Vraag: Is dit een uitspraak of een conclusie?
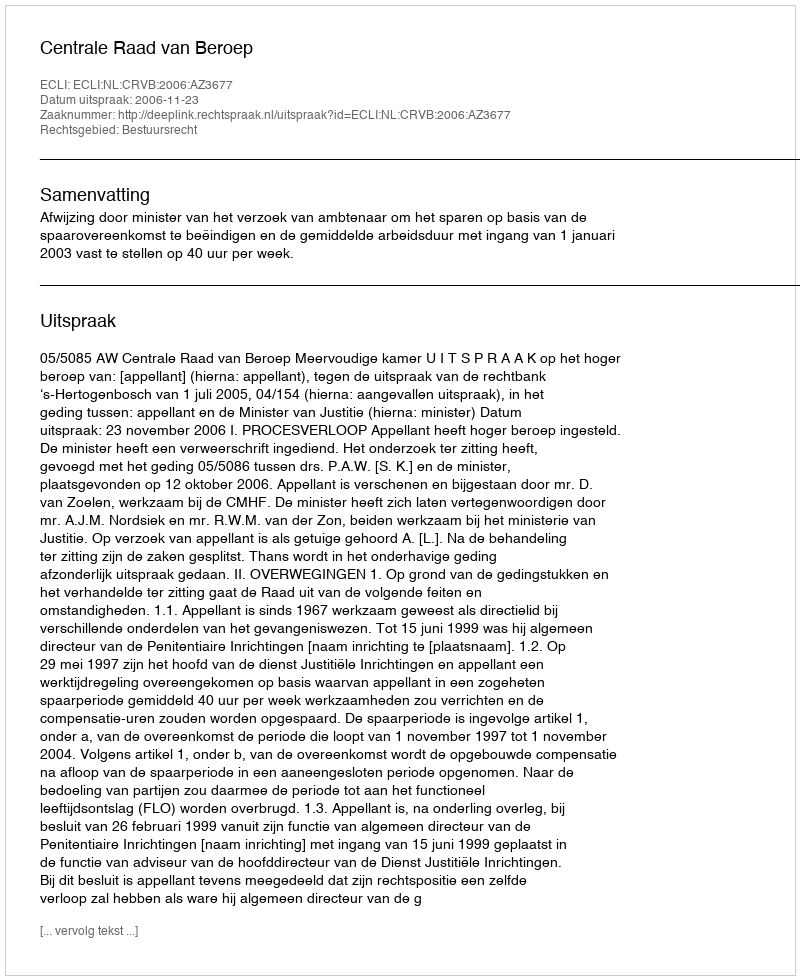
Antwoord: Uitspraak